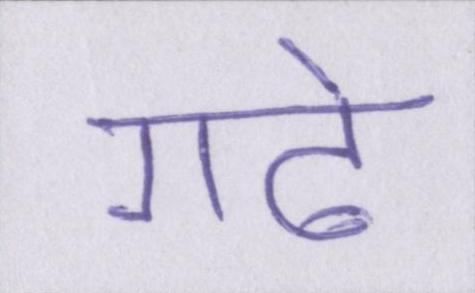
गढे